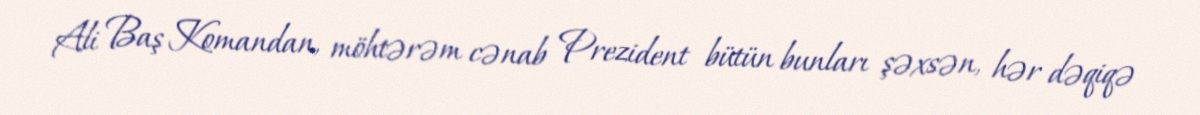
Ali Baş Komandan, möhtərəm cənab Prezident bütün bunları şəxsən, hər dəqiqə